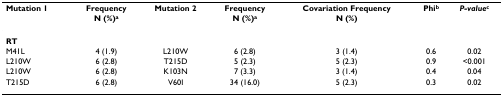
<table><thead><tr><td><b>Mutation 1</b></td><td><b>Frequency</b></td><td><b>Mutation 2</b></td><td><b>Frequency</b></td><td><b>Covariation Frequency</b></td><td><b>Phi<sup>b</sup></b></td><td><b><i>P-value</i><sup>c</sup></b></td></tr><tr><td></td><td><b>N (%)<sup>a</sup></b></td><td></td><td><b>N (%)<sup>a</sup></b></td><td><b>N (%)</b></td><td></td><td></td></tr></thead><tbody><tr><td><b>RT</b></td><td></td><td></td><td></td><td></td><td></td><td></td></tr><tr><td>M41L</td><td>4 (1.9)</td><td>L210W</td><td>6 (2.8)</td><td>3 (1.4)</td><td>0.6</td><td>0.02</td></tr><tr><td>L210W</td><td>6 (2.8)</td><td>T215D</td><td>5 (2.3)</td><td>5 (2.3)</td><td>0.9</td><td>&lt;0.001</td></tr><tr><td>L210W</td><td>6 (2.8)</td><td>K103N</td><td>7 (3.3)</td><td>3 (1.4)</td><td>0.4</td><td>0.04</td></tr><tr><td>T215D</td><td>6 (2.8)</td><td>V60I</td><td>34 (16.0)</td><td>5 (2.3)</td><td>0.3</td><td>0.02</td></tr></tbody></table>